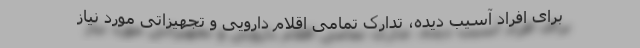
برای افراد آسیب دیده، تدارک تمامی اقلام دارویی و تجهیزاتی مورد نیاز